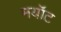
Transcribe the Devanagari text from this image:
मयॉट